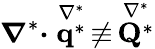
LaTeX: \boldsymbol{\nabla}^{*}\boldsymbol{\cdot}\stackrel{\nabla^{*}}{\boldsymbol{\mathrm{q}}^{*}}\, \not\equiv\, \stackrel{\nabla^{*}}{\boldsymbol{\mathrm{Q}}^{*}}